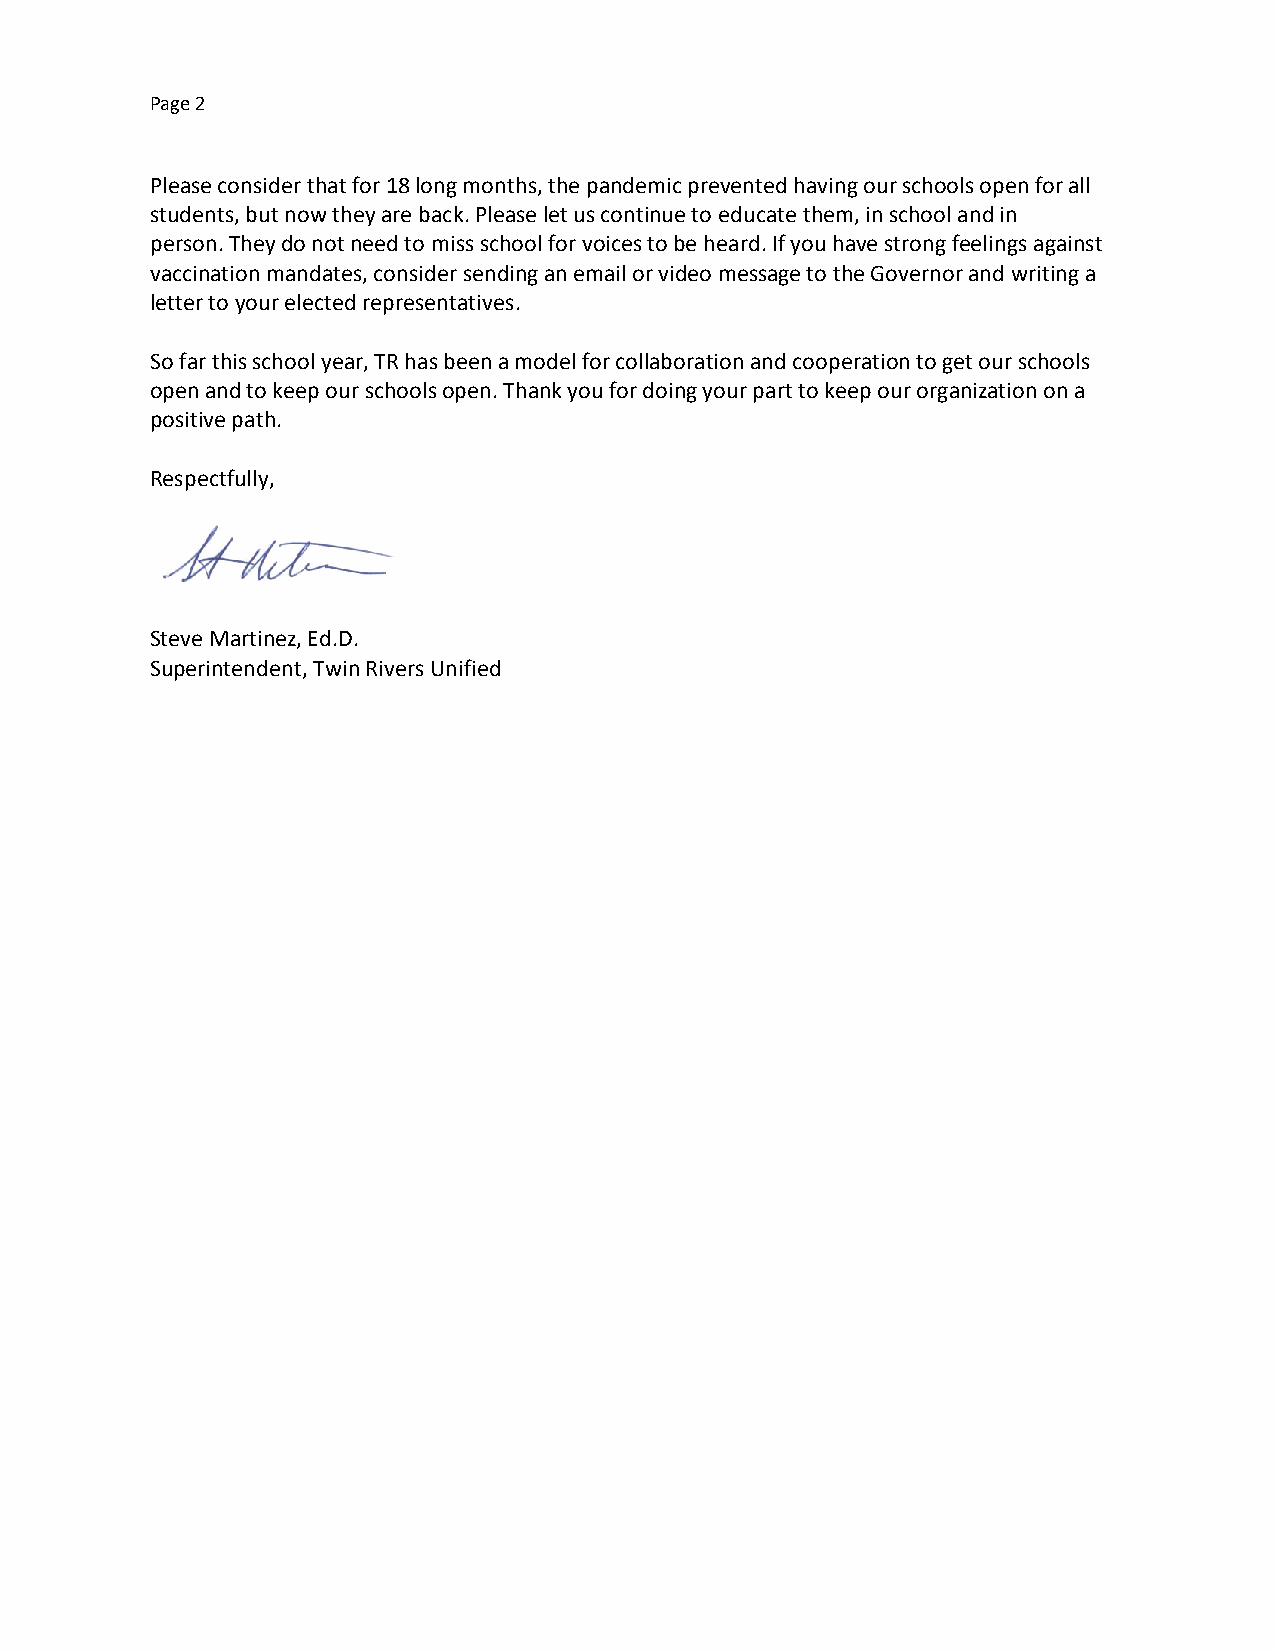
Page 2
 Please consider that for 18 long months, the pandemic prevented having our schools open for all
 students, but now they are back. Please let us continue to educate them, in school and in
 person. They do not need to miss school for voices to be heard. If you have strong feelings against
 vaccination mandates, consider sending an email or video message to the Governor and writing a
 letter to your elected representatives.
 So far this school year, TR has been a model for collaboration and cooperation to get our schools
 open and to keep our schools open. Thank you for doing your part to keep our organization on a
 positive path.
 Respectfully,
 Steve Martinez, Ed.D.
 Superintendent, Twin Rivers Unified